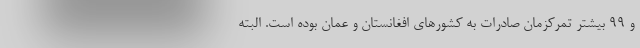
و ۹۹ بیشتر تمرکزمان صادرات به کشورهای افغانستان و عمان بوده است. البته